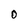
Character: O